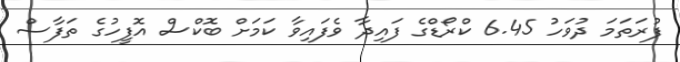
ފުރަތަމަ ދުވަހު 6.45 ކްރޯޑްގެ ފައިދާ ވެފައިވާ ކަމަށް ބޮކްސް އޮފީހުގެ ތަފާސް